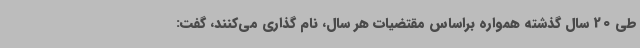
طی 20 سال گذشته همواره براساس مقتضیات هر سال، نام گذاری می‌کنند، گفت: